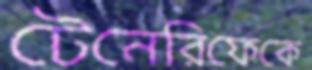
টেনেরিফেকে